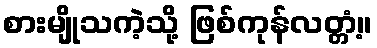
စားမျိုသကဲ့သို့ ဖြစ်ကုန်လတ္တံ့။